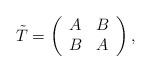
LaTeX: \begin{align*}\tilde{T}=\left(\begin{array}{cc}A & B \\ B & A\end{array}\right),\end{align*}